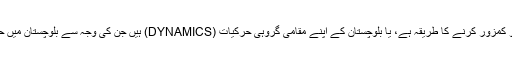
کیا یہ مسلم لیگ نون کو کمزور کرنے کا طریقہ ہے، یا بلوچستان کے اپنے مقامی گروہی حرکیات (DYNAMICS) ہیں جن کی وجہ سے بلوچستان میں حکومت تبدیل ہوئی ہے۔